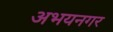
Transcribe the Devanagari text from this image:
अभयनगर